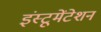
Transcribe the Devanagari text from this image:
इंस्‍टूमेंटेशन